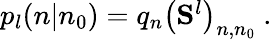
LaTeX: \begin{array}{r}{p_{l}(n|n_{0})=q_{n}\left(\mathbf{S}^{l}\right)_{n,n_{0}}\ .}\end{array}